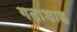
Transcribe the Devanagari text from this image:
गदाशाह